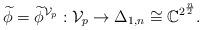
LaTeX: \begin{align*}\widetilde{\phi}=\widetilde{\phi}^{\mathcal{V}_p}: \mathcal{V}_p \rightarrow \Delta_{1,n} \cong \mathbb{C}^{2^{\frac{n}{2}}}.\end{align*}